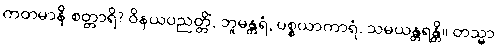
ကတမာနိ စတ္တာရိ? ဝိနယပညတ္တိံ, ဘူမန္တရံ, ပစ္စယာကာရံ, သမယန္တရန္တိ။ တသ္မာ